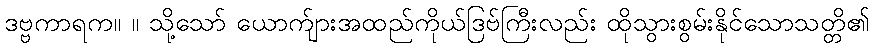
ဒဗ္ဗကာရက။ ။ သို့သော် ယောက်ျားအထည်ကိုယ်ဒြဗ်ကြီးလည်း ထိုသွားစွမ်းနိုင်သောသတ္တိ၏